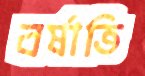
বর্ষাতি